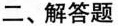
二、解答题